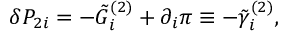
\delta { \cal P } _ { 2 i } = - \tilde { G } _ { i } ^ { ( 2 ) } + \partial _ { i } \pi \equiv - \tilde { \gamma } _ { i } ^ { ( 2 ) } ,